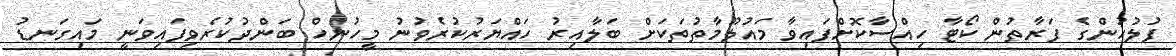
ފުލުހުންގެ ފަރާތުން ކޯޓާ ހިއްސާކޮށްފައިވާ މައުލޫމާތުތަކަށް ބަލާއިރު ހައްޔަރުކުރެވުނު މީހުނހް ބަންދުކުރެވިފައިވަނީ މައިގަނޑު